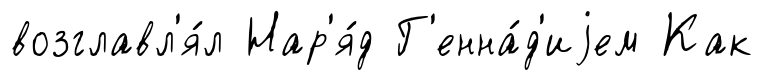
возглавл'я́л Нар'я́д Г'енна́д'иjем Как